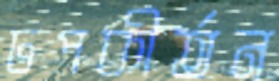
ঢপকীর্তন